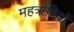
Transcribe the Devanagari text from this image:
महॠषियों